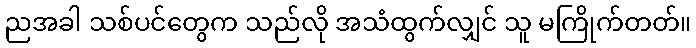
ညအခါ သစ်ပင်တွေက သည်လို အသံထွက်လျှင် သူ မကြိုက်တတ်။